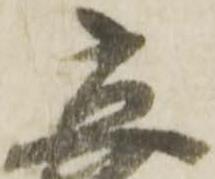
立